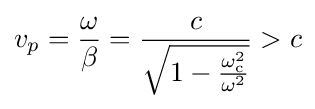
v_{p}={\frac {\omega }{\beta }}={\frac {c}{\sqrt {1-{\frac {\omega _{\mathrm {c} }^{2}}{\omega ^{2}}}}}}>c